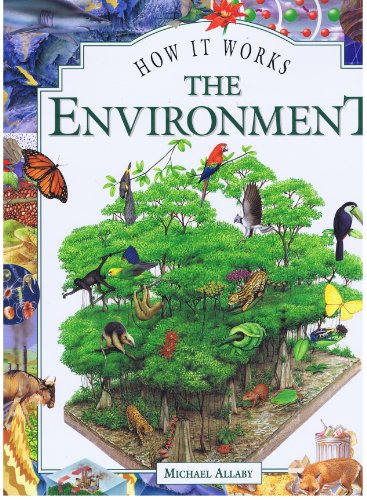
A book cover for The Environment (How It Works); Michael Allaby; Crafts, Hobbies & Home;